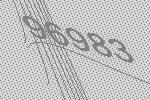
96983